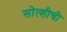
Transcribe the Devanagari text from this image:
सोत्शीची